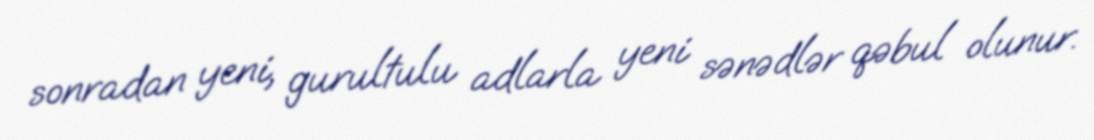
sonradan yeni, gurultulu adlarla yeni sənədlər qəbul olunur.